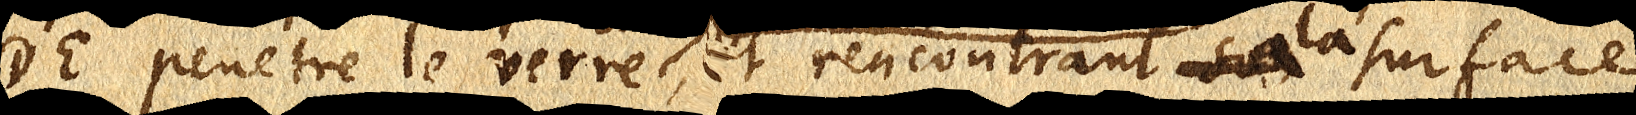
DE penetre le verre, et rencontrant sa surface